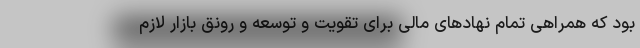
بود که همراهی تمام نهادهای مالی برای تقویت و توسعه و رونق بازار لازم